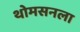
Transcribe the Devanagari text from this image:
थोमसनला